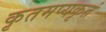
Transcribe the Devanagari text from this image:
कृतमप्यकृतं